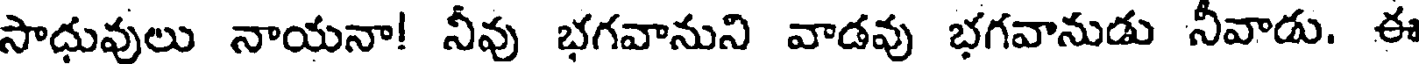
సాధువులు నాయనా! నీవు భగవానుని వాడవు భగవానుడు నీవాడు. ఈ